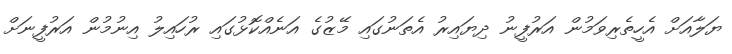
ޔަލާއަށް އެހީތެރިވަމުން އަރުފީނު ދިޔައިރު އެތަނުގައި މޭޒުގެ އަނެއްކޮޅުގައި ރުހައިލު އިނުމުން އަރުފީނަށް